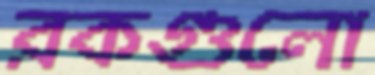
রকগুলো